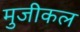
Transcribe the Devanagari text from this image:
मुजीकल